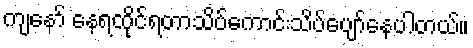
ကျနော် နေရထိုင်ရတာသိပ်ကောင်းသိပ်ပျော်နေပါတယ်။